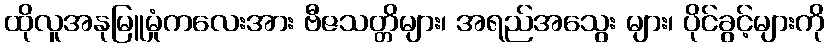
ထိုလူအနုမြူမှုံကလေးအား ဗီဇသတ္တိများ၊ အရည်အသွေး များ၊ ပိုင်ခွင့်များကို